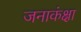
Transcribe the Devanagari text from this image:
जनाकंक्षा